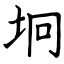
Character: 坰